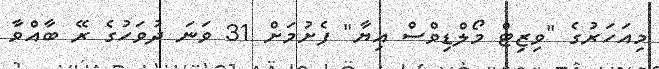
މިއަހަރުގެ "ވިޒިޓް މޯލްޑިވްސް އިޔާ" ފެށުމަށް 31 ވަނަ ދުވަހުގެ ރޭ ބާއްވާ